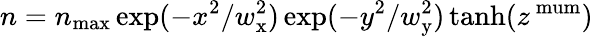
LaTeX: n=n_{\operatorname*{max}}\exp(-x^{2}/w_{\mathrm{x}}^{2})\exp(-y^{2}/w_{\mathrm{y}}^{2})\operatorname{tanh}(z^{\mathrm{{\ mum}}})